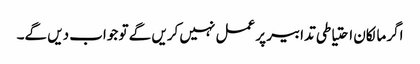
اگر مالکان احتیاطی تدابیر پر عمل نہیں کریں گے تو جواب دیں گے۔